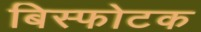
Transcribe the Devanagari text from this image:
बिस्फोटक